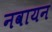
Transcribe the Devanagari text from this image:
नवायन